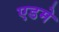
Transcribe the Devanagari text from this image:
एडमे